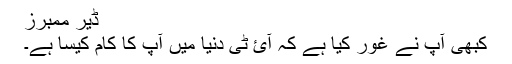
ڈیر ممبرز
کبھی آپ نے غور کیا ہے کہ آئ ٹی دنیا میں آپ کا کام کیسا ہے۔